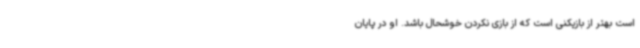
است بهتر از بازیکنی است که از بازی نکردن خوشحال باشد. او در پایان